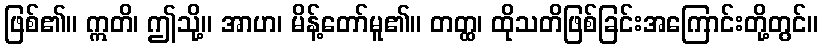
ဖြစ်၏။ ဣတိ၊ ဤသို့။ အာဟ၊ မိန့်တော်မူ၏။ တတ္ထ၊ ထိုသတိဖြစ်ခြင်းအကြောင်းတို့တွင်။